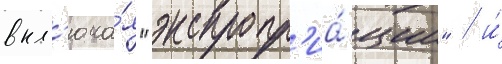
вкл'юча́я "экспропр'иа́ции" / и́